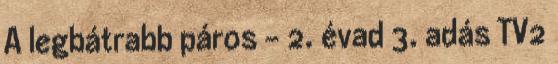
A legbátrabb páros - 2. évad 3. adás TV2